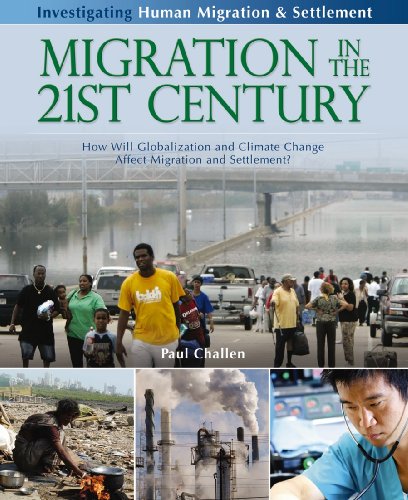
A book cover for Migration in the 21st Century: How Will Globalization and Climate Change Affect Migration and Settlement? (Investigating Human Migration & Settlement); Paul Challen; Children's Books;